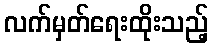
လက်မှတ်ရေးထိုးသည့်